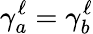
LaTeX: \gamma_{a}^{\ell}=\gamma_{b}^{\ell}